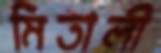
মিতালী